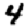
Digit: 4